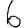
Digit: 6